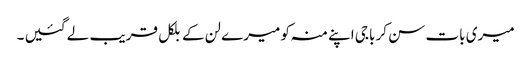
میری بات سن کر باجی اپنے منہ کو میرے لن کے بلکل قریب لے گئیں ۔